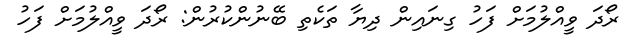
ރޯދަ ވީއްލުމަށް ފަހު ގިނައިން ދިޔާ ތަކެތި ބޭނުންކުރުން: ރޯދަ ވީއްލުމަށް ފަހު